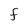
Character: F